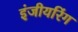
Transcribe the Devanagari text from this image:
इंजीयरिंग